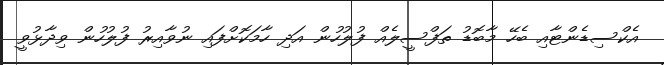
އެކްސިޑެންޓާއި ބެހޭ މާބޮޑު ތަފްސީލެއް ފުލުހުން އަދި ހާމަކޮށްފައި ނުވާއިރު ފުލުހުން ވިދާޅުވީ